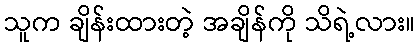
သူက ချိန်းထားတဲ့ အချိန်ကို သိရဲ့လား။